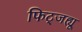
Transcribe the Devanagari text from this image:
फिट्जह्यू